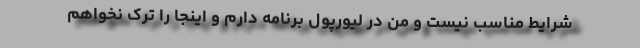
شرایط مناسب نیست و من در لیورپول برنامه دارم و اینجا را ترک نخواهم